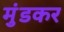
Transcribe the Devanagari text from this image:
मुंडकर